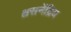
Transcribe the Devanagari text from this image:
श्वसनेंद्रिय